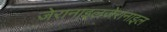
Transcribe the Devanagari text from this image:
जेरानाइलजेरानाइल